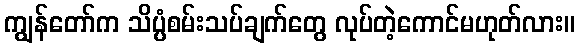
ကျွန်တော်က သိပ္ပံစမ်းသပ်ချက်တွေ လုပ်တဲ့ကောင်မဟုတ်လား။